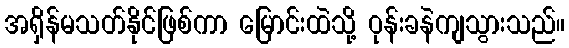
အရှိန်မသတ်နိုင်ဖြစ်ကာ မြောင်းထဲသို့ ဝုန်းခနဲကျသွားသည်။